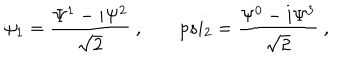
LaTeX: \psi _ { 1 } = \frac { \Psi ^ { 1 } - i \Psi ^ { 2 } } { \sqrt 2 } \ , \ \ \ \, p s i _ { 2 } = \frac { \Psi ^ { 0 } - i \Psi ^ { 3 } } { \sqrt 2 } \ ,